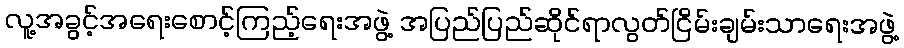
လူ့အခွင့်အရေးစောင့်ကြည့်ရေးအဖွဲ့ အပြည်ပြည်ဆိုင်ရာလွတ်ငြိမ်းချမ်းသာရေးအဖွဲ့